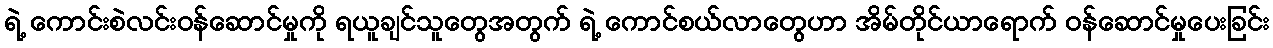
ရဲ့ ကောင်းစဲလင်းဝန်ဆောင်မှုကို ရယူချင်သူတွေအတွက် ရဲ့ ကောင်စယ်လာတွေဟာ အိမ်တိုင်ယာရောက် ဝန်ဆောင်မှုပေးခြင်း